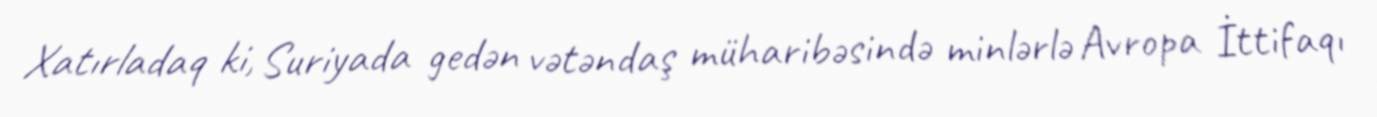
Xatırladaq ki, Suriyada gedən vətəndaş müharibəsində minlərlə Avropa İttifaqı